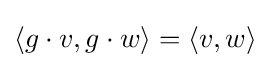
\langle g\cdot v,g\cdot w\rangle =\langle v,w\rangle